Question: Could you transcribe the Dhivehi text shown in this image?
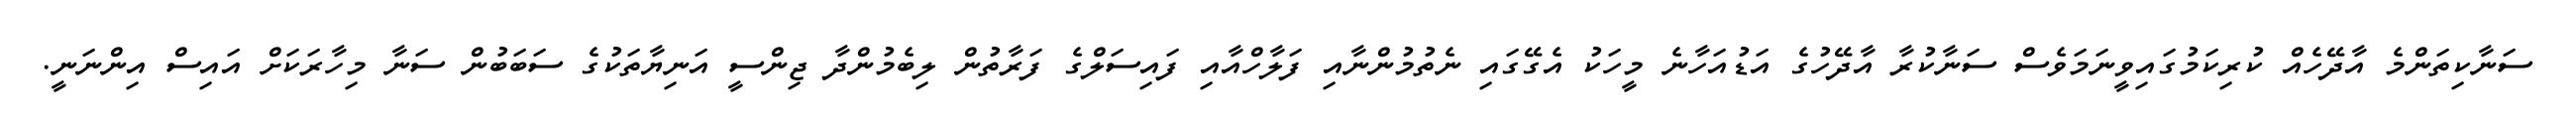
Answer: ސަނާކިތަންމެ އާދޭހެއް ކުރިކަމުގައިވީނަމަވެސް ސަނާކުރާ އާދޭހުގެ އަޑުއަހާނެ މީހަކު އެގޭގައި ނެތުމުންނާއި ފަލާހްއާއި ފައިސަލްގެ ފަރާތުން ލިބެމުންދާ ޖިންސީ އަނިޔާތަކުގެ ސަބަބުން ސަނާ މިހާރަކަށް އައިސް އިންނަނީ.